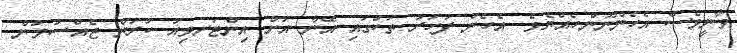
ވާނީވެސް އެހެންނޫންހެއްޔެވެ. އެހެން ފަހަރު ތަކުގައި އޭނާ އަށް އިންޓަރވިއު ކުރަން ޖެއްސުމުން